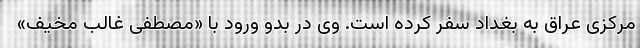
مرکزی عراق به بغداد سفر کرده است. وی در بدو ورود با «مصطفی غالب مخیف»